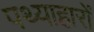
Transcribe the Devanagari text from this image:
पथ्याहारों